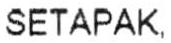
SETAPAK.